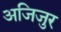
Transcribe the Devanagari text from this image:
अजिजुर